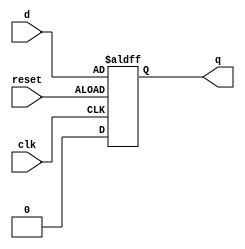
module dff_async_clear(q, d, clk, reset);
	input d, reset, clk;
	output q;
	reg q;
	
	always @ (posedge reset or negedge clk)
	begin
		if (!reset) q <= 1'b0;
		else q <= d;
	end
	
endmodule